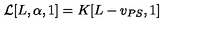
{ \cal L } [ L , \alpha , 1 ] = K [ L - v _ { P S } , 1 ]